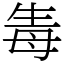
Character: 𤯟